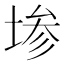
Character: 𫮅